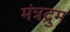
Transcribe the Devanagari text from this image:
मंत्रद्रुम